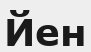
Йен